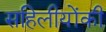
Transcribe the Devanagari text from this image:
सहिलीयोंकी